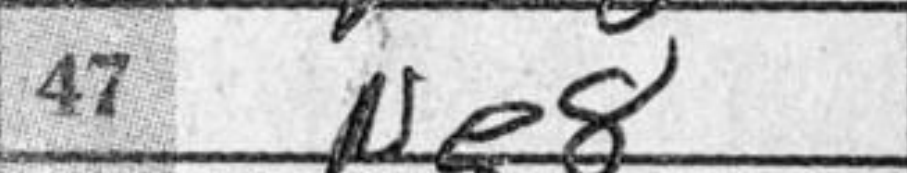
Transcription: Ne8